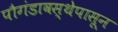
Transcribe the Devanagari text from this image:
पौगंडावस्थेपासून